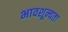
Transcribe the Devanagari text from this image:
भावशून्यता